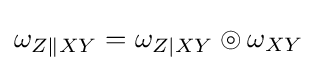
\omega _{Z\|XY}=\omega _{Z|XY}\circledcirc \omega _{XY}